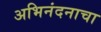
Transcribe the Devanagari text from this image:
अभिनंदनाचा